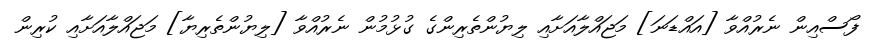
ފޯސްއިން ނެރުއްވާ [އައްޑަނަ] މަޖައްލާއަށާއި ލިޔުންތެރިންގެ ގުޅުމުން ނެރުއްވާ [ލިޔުންތެރިޔާ] މަޖައްލާއަށާއި ކުރިން